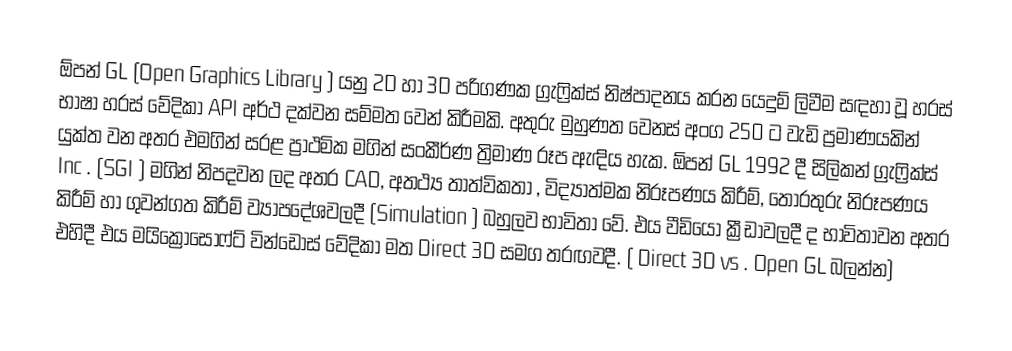
ඕපන් GL  (Open Graphics Library ) යනු 2D හා 3D පරිගණක ග්‍රැෆ්‍රික්ස් නිෂ්පාදනය කරන යෙදුම් ලිවීම සඳහා වූ හරස් භාෂා හරස් වේදිකා API අර්ථ දක්වන සම්මත වෙන් කිරීමකි. අතුරු මුහුණත වෙනස් අංග 250 ට වැඩි ප්‍රමාණයකින් යුක්ත වන අතර එමගින් සරළ ප්‍රාථමික මගින් සංකීර්ණ ත්‍රිමාණ රූප ඇඳිය හැක. ඕපන් GL  1992 දී සිලිකන් ග්‍රැෆ්‍රික්ස් Inc . (SGI ) මගින් නිපදවන ලද අතර CAD, අතථ්‍ය තාත්විකතා , විද්‍යාත්මක නිරූපණය කිරීම්, තොරතුරු නිරූපණය කිරීම් හා ගුවන්ගත කිරීම් ව්‍යාපදේශවලදී (Simulation ) බහුලව භාවිතා වේ. එය වීඩියෝ ක්‍රීඩාවලදී ද භාවිතාවන අතර එහිදී එය මයික්‍රොසොෆ්ට් වින්ඩොස් වේදිකා මත Direct 3D සමග තරඟවදී. ( Direct 3D vs . Open GL බලන්න)